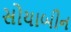
સોયાબીન